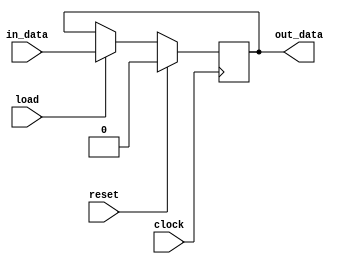
`timescale 1ns / 1ps

module register_generic #(
    parameter SIZE = 1
    ) (
    input clock, load, reset,
    input [SIZE - 1:0] in_data,
    output reg [SIZE - 1:0] out_data
    );
    
    always @(posedge clock) begin
        if (reset == 1'b1) begin
            out_data = 0;
        end
        else if (load == 1'b1) begin
            out_data = in_data;
        end
    end
endmodule